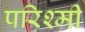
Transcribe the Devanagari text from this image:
परिश्मी